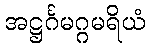
အဋ္ဌင်္ဂမဂ္ဂမရိယံ